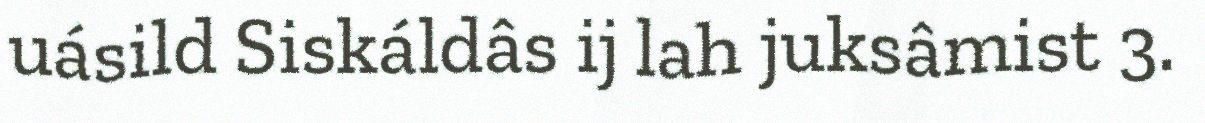
uásild Siskáldâs ij lah juksâmist 3.